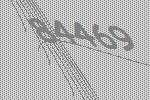
84469